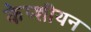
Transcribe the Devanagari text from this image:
केप्शीयन